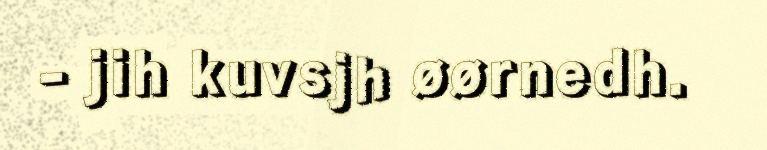
- jih kuvsjh øørnedh.